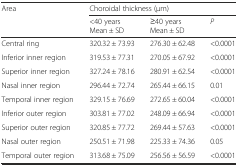
<table><thead><tr><td rowspan="2"><b>Area</b></td><td colspan="3"><b>Choroidal thickness (μm)</b></td></tr><tr><td><b>&lt;40 years Mean ± SD</b></td><td><b>≥40 years Mean ± SD</b></td><td><b><i>P</i></b></td></tr></thead><tbody><tr><td>Central ring</td><td>320.32 ± 73.93</td><td>276.30 ± 62.48</td><td>&lt;0.0001</td></tr><tr><td>Inferior inner region</td><td>319.53 ± 77.31</td><td>270.05 ± 67.92</td><td>&lt;0.0001</td></tr><tr><td>Superior inner region</td><td>327.24 ± 78.16</td><td>280.91 ± 62.54</td><td>&lt;0.0001</td></tr><tr><td>Nasal inner region</td><td>296.44 ± 72.74</td><td>265.44 ± 66.15</td><td>0.01</td></tr><tr><td>Temporal inner region</td><td>329.15 ± 76.69</td><td>272.65 ± 60.04</td><td>&lt;0.0001</td></tr><tr><td>Inferior outer region</td><td>303.81 ± 77.02</td><td>248.09 ± 66.94</td><td>&lt;0.0001</td></tr><tr><td>Superior outer region</td><td>320.85 ± 77.72</td><td>269.44 ± 57.63</td><td>&lt;0.0001</td></tr><tr><td>Nasal outer region</td><td>250.51 ± 71.98</td><td>225.33 ± 74.36</td><td>0.05</td></tr><tr><td>Temporal outer region</td><td>313.68 ± 75.09</td><td>256.56 ± 56.59</td><td>&lt;0.0001</td></tr></tbody></table>